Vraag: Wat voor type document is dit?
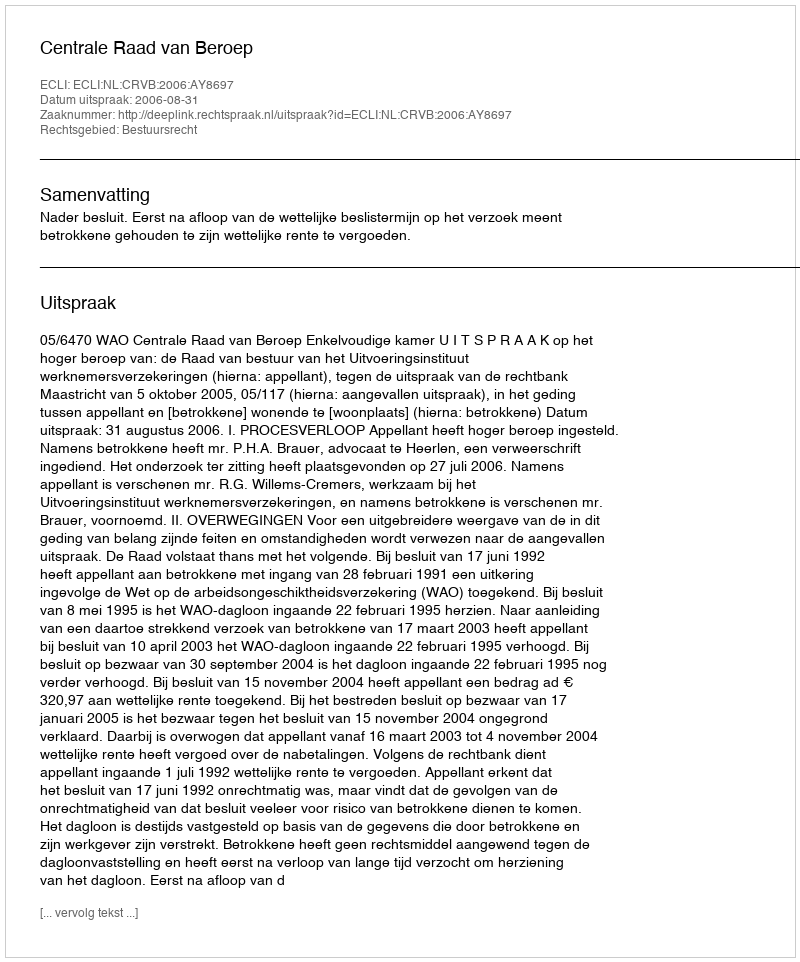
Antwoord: Uitspraak